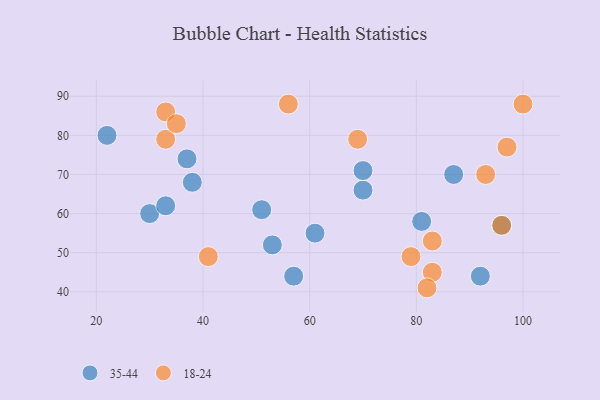
{"axis": {"x": "GDP", "y": "Life Expectancy"}, "legend": ["18-24", "35-44"], "data": [{"x": "92", "y": 44, "type": "35-44"}, {"x": "30", "y": 60, "type": "35-44"}, {"x": "96", "y": 57, "type": "35-44"}, {"x": "53", "y": 52, "type": "35-44"}, {"x": "57", "y": 44, "type": "35-44"}, {"x": "22", "y": 80, "type": "35-44"}, {"x": "70", "y": 66, "type": "35-44"}, {"x": "81", "y": 58, "type": "35-44"}, {"x": "61", "y": 55, "type": "35-44"}, {"x": "87", "y": 70, "type": "35-44"}, {"x": "37", "y": 74, "type": "35-44"}, {"x": "51", "y": 61, "type": "35-44"}, {"x": "70", "y": 71, "type": "35-44"}, {"x": "38", "y": 68, "type": "35-44"}, {"x": "33", "y": 62, "type": "35-44"}, {"x": "56", "y": 88, "type": "18-24"}, {"x": "93", "y": 70, "type": "18-24"}, {"x": "33", "y": 79, "type": "18-24"}, {"x": "33", "y": 86, "type": "18-24"}, {"x": "69", "y": 79, "type": "18-24"}, {"x": "41", "y": 49, "type": "18-24"}, {"x": "35", "y": 83, "type": "18-24"}, {"x": "83", "y": 45, "type": "18-24"}, {"x": "97", "y": 77, "type": "18-24"}, {"x": "100", "y": 88, "type": "18-24"}, {"x": "79", "y": 49, "type": "18-24"}, {"x": "82", "y": 41, "type": "18-24"}, {"x": "83", "y": 53, "type": "18-24"}, {"x": "96", "y": 57, "type": "18-24"}]}